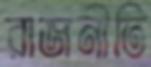
রাজনীতি